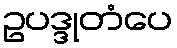
ဥပဒ္ဒုတံပေ